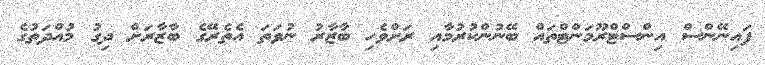
ފައިނޭންސް އިންސްޓްރޫމަންޓްތައް ބޭނުންކުރުމާއި ރަށްވެހި ބާޒާރު ނުވަތަ އެތެރޭގެ ބާޒާރަށް ދިގު މުއްދަތުގެ